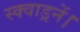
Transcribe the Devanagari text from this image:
स्क्वाड्रनें।